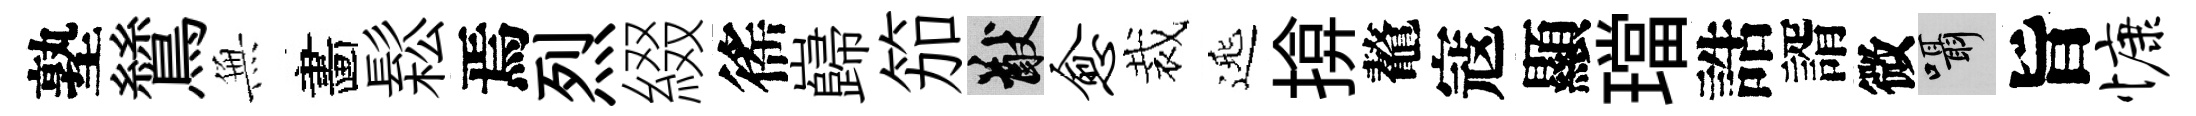
塾鷥𭴾畵鬆焉烈綴徭巋笳猷愈裁𨓱揜鼇寇顯璫誥諝微囁旨慷